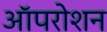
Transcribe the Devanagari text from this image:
ऑपरोशन